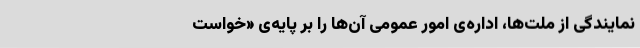
نمایندگی از ملت‌ها، اداره‌ی امور عمومی آن‌ها را بر پایه‌ی «خواست